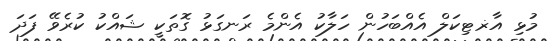
މުޅި އާޜޓިކަލް އެއްބަހުން ހަލާކު އެންމެ ރަނގަޅު ގޮތަކީ ޝައްކު ކުރެވޭ ފަދަ